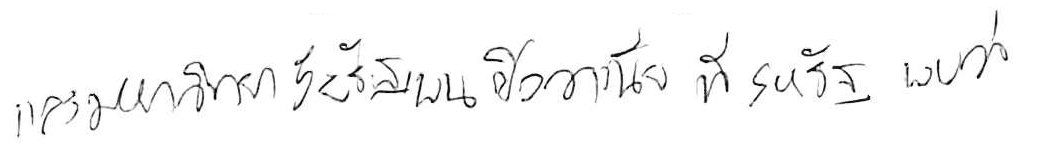
และมหาวิทยาลัยรัฐเพนซิลวาเนีย ที่สหรัฐ พบว่า